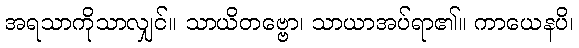
အရသာကိုသာလျှင်။ သာယိတဗ္ဗော၊ သာယာအပ်ရာ၏။ ကာယေနပိ၊